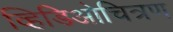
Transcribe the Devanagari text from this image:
व्हिडिओचित्रण